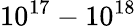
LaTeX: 10^{17}-10^{18}